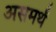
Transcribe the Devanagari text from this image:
असमर्थं